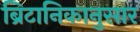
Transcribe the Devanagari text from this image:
ब्रिटानिकानुसार